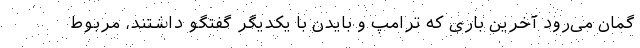
گمان می‌رود آخرین باری که ترامپ و بایدن با یکدیگر گفتگو داشتند، مربوط